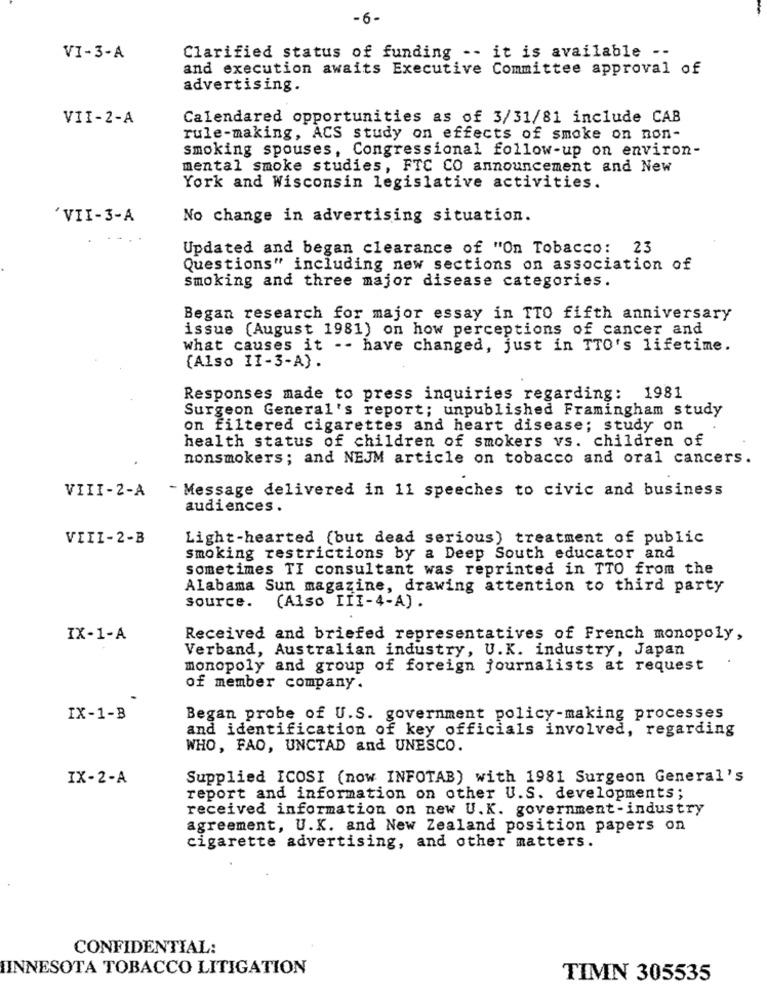
-6-
VI-3-A
Clarified status of funding -- it is available --
and execution awaits Executive Committee approval of
advertising.
VII-2-A
Calendared opportunities as of 3/31/81 include CAB
rule-making, ACS study on effects of smoke on non-
smoking spouses, Congressional follow-up on environ-
mental smoke studies, FTC CO announcement and New
York and Wisconsin legislative activities.
'VII-3-A
No change in advertising situation.
Updated and began clearance of "On Tobacco: 23
Questions" including new sections on association of
smoking and three major disease categories.
Began research for major essay in TTO fifth anniversary
issue (August 1981) on how perceptions of cancer and
what causes it -- have changed, just in TTO's lifetime.
(Also II-3-A).
Responses made to press inquiries regarding: 1981
Surgeon General's report; unpublished Framingham study
on filtered cigarettes and heart disease; study on
health status of children of smokers vs. children of
nonsmokers; and NEJM article on tobacco and oral cancers.
VIII-2-A
- Message delivered in 11 speeches to civic and business
audiences.
VIII-2-B
Light-hearted (but dead serious) treatment of public
smoking restrictions by a Deep South educator and
sometimes TI consultant was reprinted in TTO from the
Alabama Sun magazine, drawing attention to third party
source.
(Also III-4-A).
IX-1-A
Received and briefed representatives of French monopoly,
Verband, Australian industry, U.K. industry, Japan
monopoly and group of foreign journalists at request
of member company.
IX-1-B
Began probe of U.S. government policy-making processes
and identification of key officials involved, regarding
WHO, FAO, UNCTAD and UNESCO.
IX-2-A
Supplied ICOSI (now INFOTAB) with 1981 Surgeon General's
report and information on other U.S. developments;
received information on new U.K. government-industry
agreement, U.K. and New Zealand position papers on
cigarette advertising, and other matters.
CONFIDENTIAL:
IINNESOTA TOBACCO LITIGATION
TIMN 305535